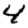
Digit: 4